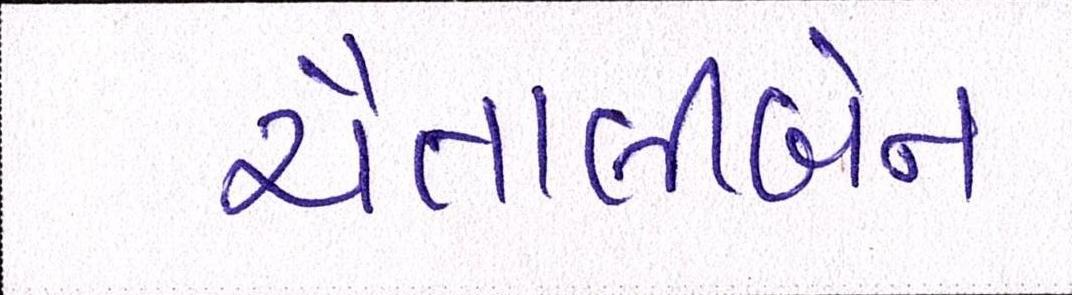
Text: ચૈતાલીબેન